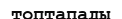
топтапады